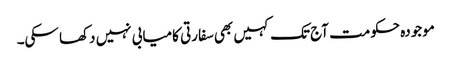
موجودہ حکومت آج تک کہیں بھی سفارتی کامیابی نہیں دکھا سکی۔